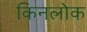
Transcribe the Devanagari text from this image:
किनलोक